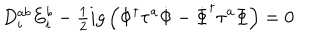
D _ { i } ^ { a b } E _ { i } ^ { b } - { \textstyle { \frac { 1 } { 2 } } } i g \left( \Phi ^ { \dagger } \tau ^ { a } \dot { \Phi } - \dot { \Phi } ^ { \dagger } \tau ^ { a } \Phi \right) = 0